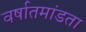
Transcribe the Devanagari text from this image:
वर्षातमांडता